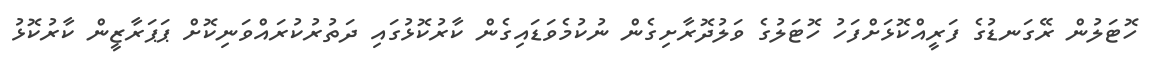
ހޮޓަލުން ރޭގަނޑުގެ ފަރީއްކޮޅަށްފަހު ހޮޓަލުގެ ވަލުދޮރާށިގެން ނުކުމެވަޑައިގެން ކާރުކޮޅުގައި ދަތުރުކުރައްވަނިކޮށް ޕަޕަރާޒީން ކާރުކޮޅު